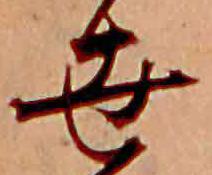
世